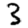
Digit: 3